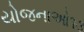
યોજનાઓ૧૩